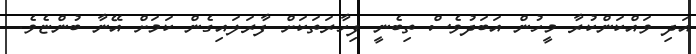
އަދި ވައްކަންކުރާ މީހުން އަބަދުވެސް ތިބެނީ ފިހާރަތަކަށް ފާރަލައިގެން ކަމަށް އޭނާ ބުންޏެވެ.